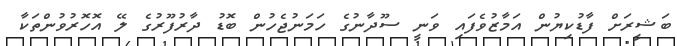
ބަޝީރަށް ފާޑުކިޔުން އަމާޒުވެފައި ވަނީ ސޫދާނުގެ ހަމަނުޖެހުން ބޮޑު ދާރުފޫރުގެ ލޭ އޮހޮރުވުންތަކާ